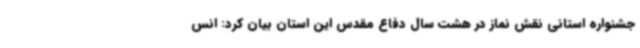
جشنواره استانی نقش نماز در هشت سال دفاع مقدس این استان بیان کرد: انس